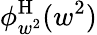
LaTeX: \phi_{w^{2}}^{\mathrm{H}}(w^{2})